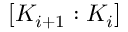
[ K _ { i + 1 } : K _ { i } ]